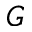
G